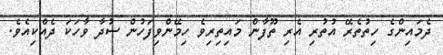
ދެމައިންގެ ހިތުތެރޭ އުތުރި އެރި ތޫފާން މައިތިރިވެ ހިމޭންވިފަހުން ސުދާ ވާހަކަ ދެއްކިއެވެ.